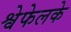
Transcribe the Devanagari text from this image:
श्वेफेलके